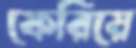
ফেরিয়ে